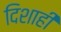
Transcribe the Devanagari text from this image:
दिशाही